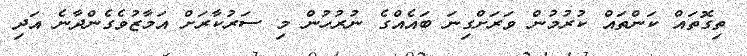
ތިގޮތައް ކަންތައް ކުރުމުން ވަރަށްގިނަ ބައެއްގެ ނުރުހުން މި ސަރުކާރަށް އަމާޒުވެގެންދާނެ އަދި